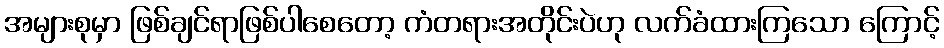
အများစုမှာ ဖြစ်ချင်ရာဖြစ်ပါစေတော့ ကံတရားအတိုင်းပဲဟု လက်ခံထားကြသော ကြောင့်